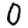
Digit: 0